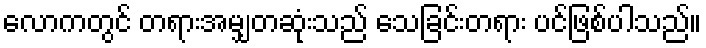
လောကတွင် တရားအမျှတဆုံးသည် သေခြင်းတရား ပင်ဖြစ်ပါသည်။